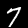
Label: 7